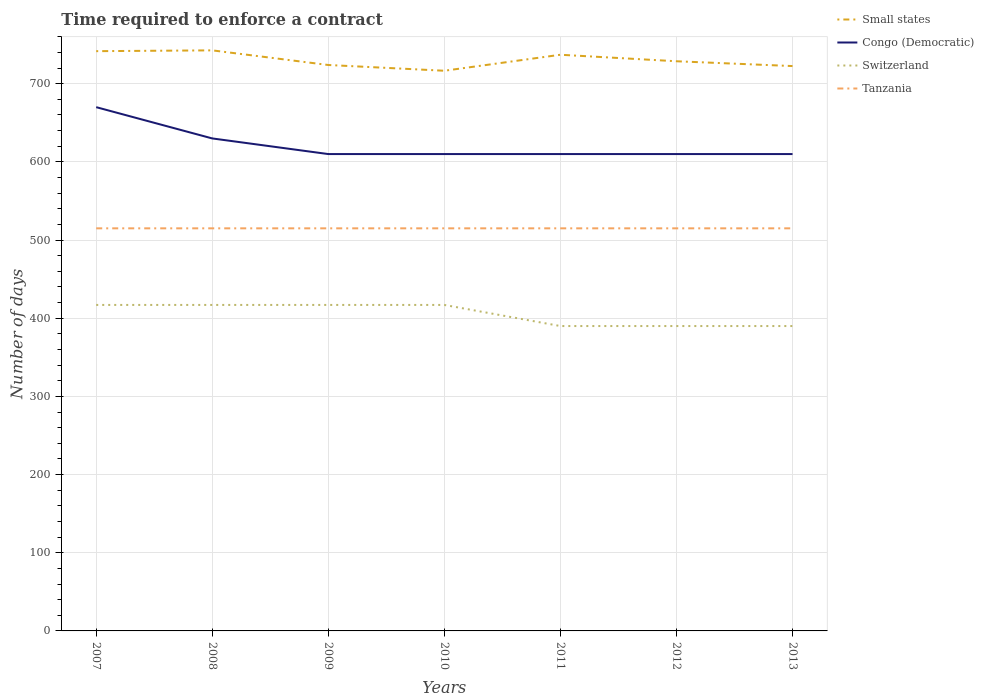
| Years | Small states | Congo (Democratic) | Switzerland | Tanzania |
 | --- | --- | --- | --- | --- |
 | 2007 | 742 | 670 | 417 | 515 |
 | 2008 | 743 | 630 | 417 | 515 |
 | 2009 | 724 | 610 | 417 | 515 |
 | 2010 | 717 | 610 | 417 | 515 |
 | 2011 | 737 | 610 | 390 | 515 |
 | 2012 | 729 | 610 | 390 | 515 |
 | 2013 | 723 | 610 | 390 | 515 |